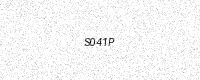
Text: S041P